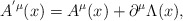
\begin{align*}A^{^{\prime}\mu}(x)=A^\mu(x)+\partial ^\mu \Lambda(x),\end{align*}